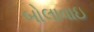
બોલાવાઇ